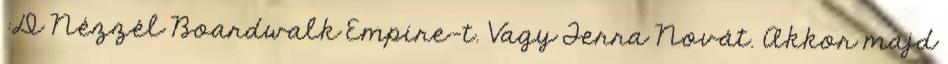
:D Nézzél Boardwalk Empire-t. Vagy Terra Novát. Akkor majd